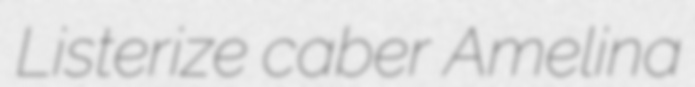
Listerize caber Amelina